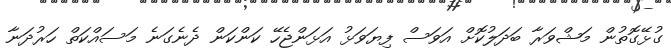
ގުޅޭގޮތުން މަޝްވަރާ ބަދަލުކޮށް އަވަސް ފިޔަވަޅު އަޅަންޖެހޭ ކަންކަން ދެނެގަނެ މަސައްކަތް ހަރުދަނާ